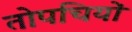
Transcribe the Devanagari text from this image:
तोपचियों